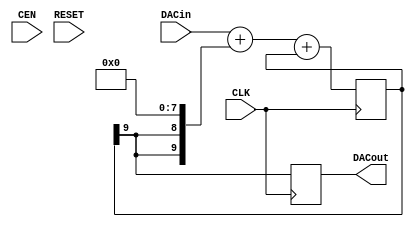
module sigma_delta_dac(
   output    reg             DACout,   //Average Output feeding analog lowpass
   input          [MSBI:0]    DACin,   //DAC input (excess 2**MSBI)
   input                  CLK,
   input                  CEN,
   input                   RESET
);

parameter MSBI = 7;

reg [MSBI+2:0] DeltaAdder;   //Output of Delta Adder
reg [MSBI+2:0] SigmaAdder;   //Output of Sigma Adder
reg [MSBI+2:0] SigmaLatch;   //Latches output of Sigma Adder
reg [MSBI+2:0] DeltaB;      //B input of Delta Adder

always @ (*)
   DeltaB = {SigmaLatch[MSBI+2], SigmaLatch[MSBI+2]} << (MSBI+1);

always @(*)
   DeltaAdder = DACin + DeltaB;
   
always @(*)
   SigmaAdder = DeltaAdder + SigmaLatch;
   
always @(posedge CLK)
    begin
      SigmaLatch <= SigmaAdder;
      DACout <= SigmaLatch[MSBI+2];
   end
endmodule